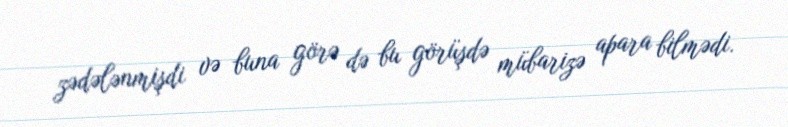
zədələnmişdi və buna görə də bu görüşdə mübarizə apara bilmədi.